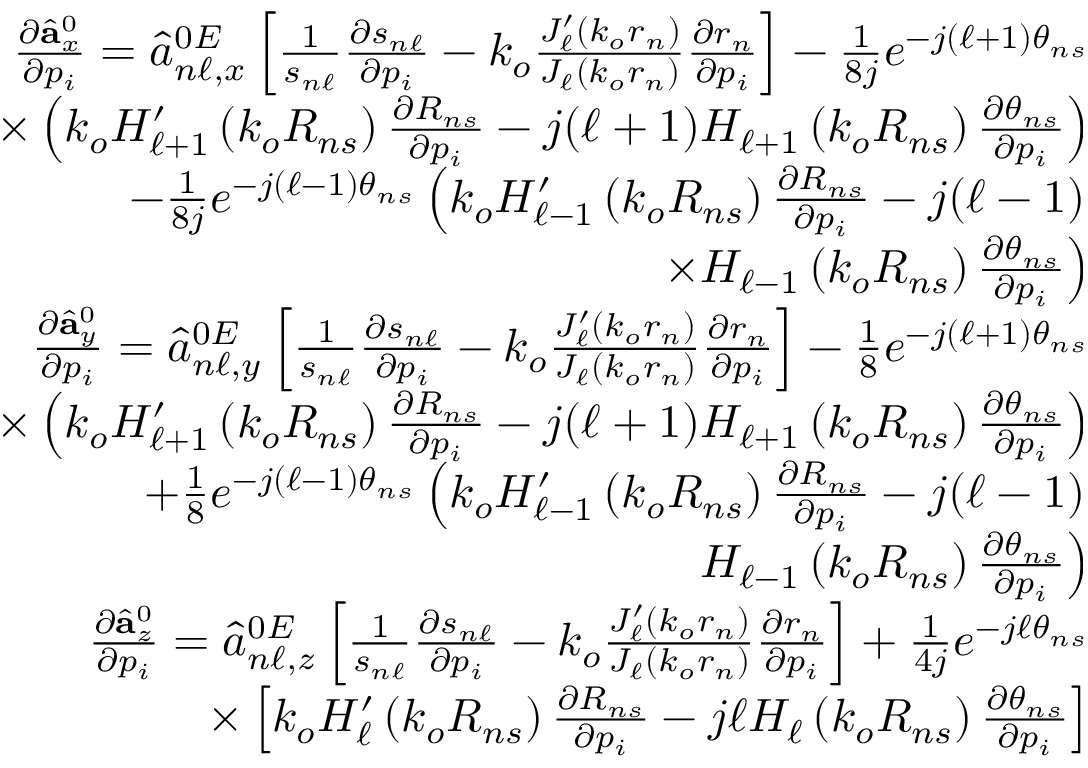
\begin{array} { r l r } & { } & { \frac { \partial \hat { \mathbf { a } } _ { x } ^ { 0 } } { \partial p _ { i } } = \hat { a } _ { n \ell , x } ^ { 0 E } \left[ \frac { 1 } { s _ { n \ell } } \frac { \partial s _ { n \ell } } { \partial p _ { i } } - k _ { o } \frac { J _ { \ell } ^ { \prime } \left( k _ { o } r _ { n } \right) } { J _ { \ell } \left( k _ { o } r _ { n } \right) } \frac { \partial r _ { n } } { \partial p _ { i } } \right] - \frac { 1 } { 8 j } e ^ { - j ( \ell + 1 ) \theta _ { n s } } } \\ & { } & { \times \left( k _ { o } H _ { \ell + 1 } ^ { \prime } \left( k _ { o } R _ { n s } \right) \frac { \partial R _ { n s } } { \partial p _ { i } } - j ( \ell + 1 ) H _ { \ell + 1 } \left( k _ { o } R _ { n s } \right) \frac { \partial \theta _ { n s } } { \partial p _ { i } } \right) } \\ & { } & { - \frac { 1 } { 8 j } e ^ { - j ( \ell - 1 ) \theta _ { n s } } \left( k _ { o } H _ { \ell - 1 } ^ { \prime } \left( k _ { o } R _ { n s } \right) \frac { \partial R _ { n s } } { \partial p _ { i } } - j ( \ell - 1 ) \right. } \\ & { } & { \left. \times H _ { \ell - 1 } \left( k _ { o } R _ { n s } \right) \frac { \partial \theta _ { n s } } { \partial p _ { i } } \right) } \\ & { } & { \frac { \partial \hat { \mathbf { a } } _ { y } ^ { 0 } } { \partial p _ { i } } = \hat { a } _ { n \ell , y } ^ { 0 E } \left[ \frac { 1 } { s _ { n \ell } } \frac { \partial s _ { n \ell } } { \partial p _ { i } } - k _ { o } \frac { J _ { \ell } ^ { \prime } \left( k _ { o } r _ { n } \right) } { J _ { \ell } \left( k _ { o } r _ { n } \right) } \frac { \partial r _ { n } } { \partial p _ { i } } \right] - \frac { 1 } { 8 } e ^ { - j ( \ell + 1 ) \theta _ { n s } } } \\ & { } & { \times \left( k _ { o } H _ { \ell + 1 } ^ { \prime } \left( k _ { o } R _ { n s } \right) \frac { \partial R _ { n s } } { \partial p _ { i } } - j ( \ell + 1 ) H _ { \ell + 1 } \left( k _ { o } R _ { n s } \right) \frac { \partial \theta _ { n s } } { \partial p _ { i } } \right) } \\ & { } & { + \frac { 1 } { 8 } e ^ { - j ( \ell - 1 ) \theta _ { n s } } \left( k _ { o } H _ { \ell - 1 } ^ { \prime } \left( k _ { o } R _ { n s } \right) \frac { \partial R _ { n s } } { \partial p _ { i } } - j ( \ell - 1 ) \right. } \\ & { } & { \left. H _ { \ell - 1 } \left( k _ { o } R _ { n s } \right) \frac { \partial \theta _ { n s } } { \partial p _ { i } } \right) } \\ & { } & { \frac { \partial \hat { \mathbf { a } } _ { z } ^ { 0 } } { \partial p _ { i } } = \hat { a } _ { n \ell , z } ^ { 0 E } \left[ \frac { 1 } { s _ { n \ell } } \frac { \partial s _ { n \ell } } { \partial p _ { i } } - k _ { o } \frac { J _ { \ell } ^ { \prime } \left( k _ { o } r _ { n } \right) } { J _ { \ell } \left( k _ { o } r _ { n } \right) } \frac { \partial r _ { n } } { \partial p _ { i } } \right] + \frac { 1 } { 4 j } e ^ { - j \ell \theta _ { n s } } } \\ & { } & { \times \left[ k _ { o } H _ { \ell } ^ { \prime } \left( k _ { o } R _ { n s } \right) \frac { \partial R _ { n s } } { \partial p _ { i } } - j \ell H _ { \ell } \left( k _ { o } R _ { n s } \right) \frac { \partial \theta _ { n s } } { \partial p _ { i } } \right] } \end{array}